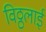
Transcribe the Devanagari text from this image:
विठ्ठलाई